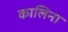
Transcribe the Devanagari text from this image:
कालिना